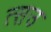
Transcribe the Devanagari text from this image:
त्सउ